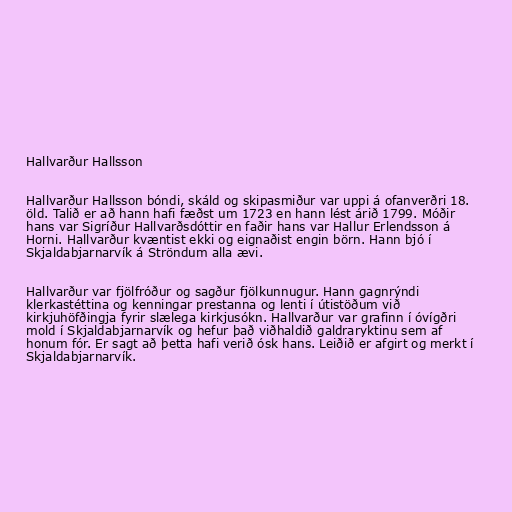
Hallvarður Hallsson

Hallvarður Hallsson bóndi, skáld og skipasmiður var uppi á ofanverðri 18.
öld. Talið er að hann hafi fæðst um 1723 en hann lést árið 1799. Móðir
hans var Sigríður Hallvarðsdóttir en faðir hans var Hallur Erlendsson á
Horni. Hallvarður kvæntist ekki og eignaðist engin börn. Hann bjó í
Skjaldabjarnarvík á Ströndum alla ævi.

Hallvarður var fjölfróður og sagður fjölkunnugur. Hann gagnrýndi
klerkastéttina og kenningar prestanna og lenti í útistöðum við
kirkjuhöfðingja fyrir slælega kirkjusókn. Hallvarður var grafinn í óvígðri
mold í Skjaldabjarnarvík og hefur það viðhaldið galdraryktinu sem af
honum fór. Er sagt að þetta hafi verið ósk hans. Leiðið er afgirt og merkt í
Skjaldabjarnarvík.